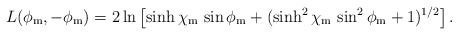
\begin{align*}L(\phi_{{\rm m}},-\phi_{{\rm m}}) = 2 \ln\left[ \sinh\chi_{{\rm m}} \, \sin\phi_{{\rm m}} + (\sinh^2\chi_{{\rm m}} \, \sin^2\phi_{{\rm m}} + 1)^{1/2} \right]. \end{align*}